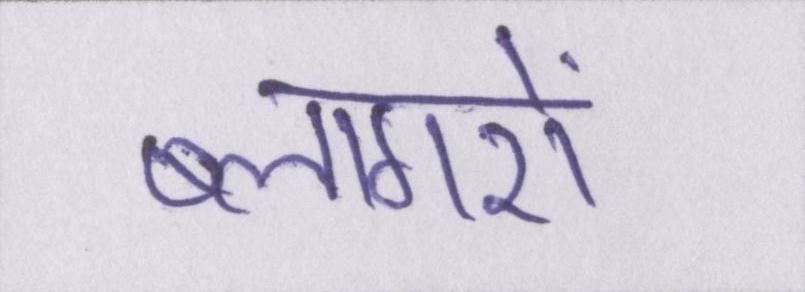
ब्लागरों